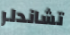
تشاندلر